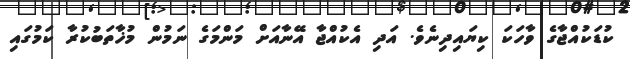
ކުޑަކުއްޖާގެ ވާހަކަ ކިޔައިދިނެވެ. އަދި އެކުއްޖާ އޭނާއަށް މަންމަގެ ނަމުން މުޚާތަބުކުރާ ކަމުގައި